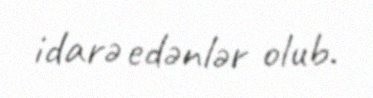
idarə edənlər olub.